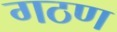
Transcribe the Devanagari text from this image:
गठण